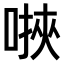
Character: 𫫄